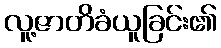
လူ့ဇာတိခံယူခြင်း၏